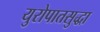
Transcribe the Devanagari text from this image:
युरोपातसुद्धा